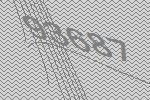
93687